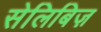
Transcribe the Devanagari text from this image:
सेलिबिज़